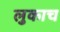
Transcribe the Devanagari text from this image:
लुकाच